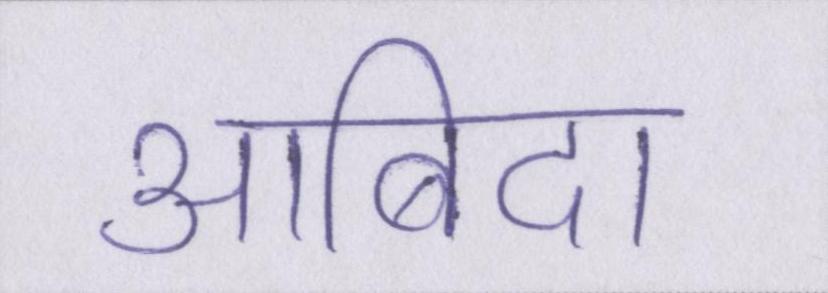
आबिदा